Report of the Municipal Commissioner on the plague in Bombay for the year ending 31st May... - Volume 2
Disease focus: Plague
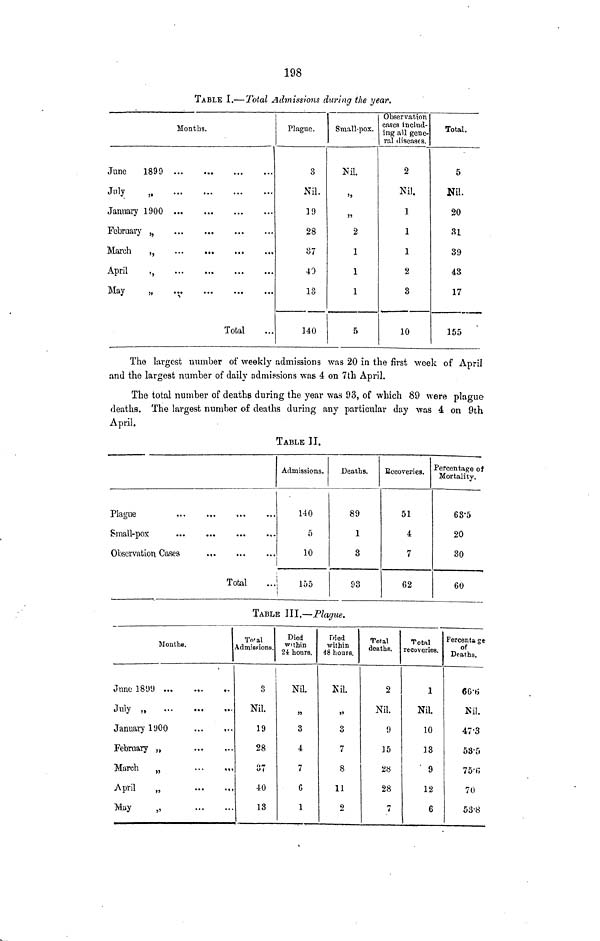
198
TABLE I.— Total Admissions during the year.
Months.
June
1899 ...
July
January 1900 ...
...
February 3
...
...
Anril
«
...
...
...
May
•,.
...
...
...
Total
Plague .
3
Nil.
]9
28
37
40
13
HO
Small-pox.
Nil
»>
5>
2
I
I
I
5
Observation
cases includ-
ing all gene-
ral diseases.
2
Nil.
1
1
1
2
3
10
Total.
5
Nil.
20
81
39
43
17
155
The largest number of weekly admissions was 20 in the first week of April
and the largest number of daily admissions was 4 on 7th April.
The total number of deaths during the year was 93, of which 89 were plague
deaths. The largest number of deaths during any particular day was 4 on 9th
April.
TABLE II.
Small-pox
Observation Cases
Total
Admissions.
140
5
10
155
Deaths.
89
1
3
93
Becoveries.
51
4
7
62
Percentage oi
Mortality.
63'5
20
80
60
TABLE III,—Plague.
Months.
June 1899 ...
.«.
«.
July
•
January 1900
...
,..
February „
March
„
...
«,,
April
„
May
„
To'al
Admissions.
3
Nil.
19
28
cm
«><
40
13
Died
within
24: hoars.
Nil.
»
3
4
7
C
1
Died
within
48 hours.
Nil.
>»
3
7
8
11
2
Toial
deaths.
2
Nil.
9
]5
5!»
28
7
Total
recoveries.
1
Nil.
10
13
9
12
6
Percent* ge
of
Deaths.
66'tf
Kil.
47-3
53-5
75'<;
70
53-8